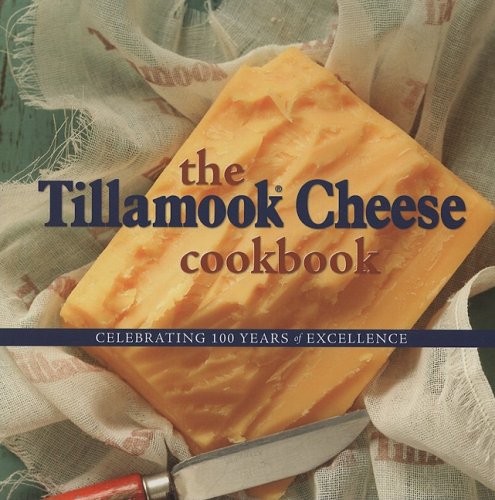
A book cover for The Tillamook Cheese Cookbook: Celebrating 100 Years of Excellence; Kathy Holstad; Cookbooks, Food & Wine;